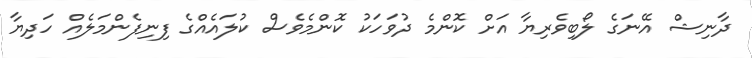
ދާނިޝް އޭނަގެ ލޯބިވެރިޔާ އަށް ކޮންމެ ދުވަހަކު ކޮންމެވެސް ކުލައެއްގެ ފިނިފެންމަލެއް ހަދިޔާ